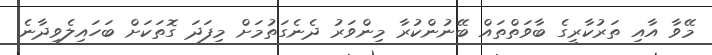
މޭވާ އާއި ތަރުކާރީގެ ބާވަތްތައް ބޭނުންކުރާ މިންވަރު ދެނެގަތުމަށް މިފަދަ ގޮތަކަށް ބަހައިލެވިދާނެ